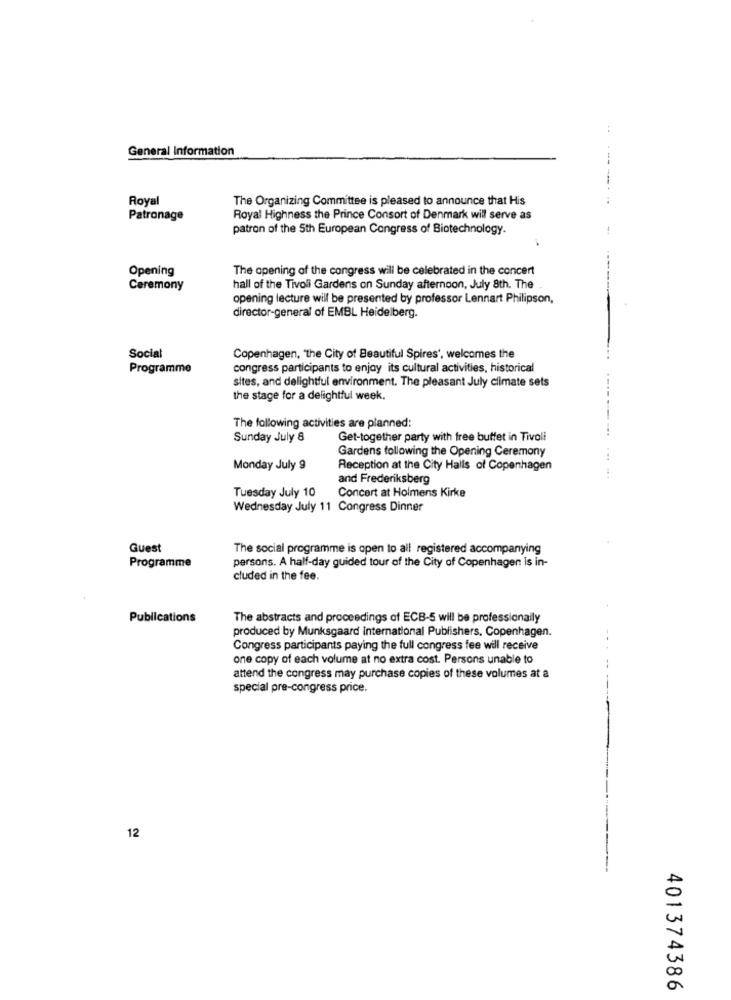
General Information
Royal
The Organizing Committee is pleased to announce that His
Patronage
Royal Highness the Prince Consort of Denmark will serve as
patron of the 5th European Congress of Biotechnology.
Opening
The opening of the congress will be celebrated in the concert
Ceremony
hall of the Tivoli Gardens on Sunday afternoon, July 8th. The
opening lecture will be presented by professor Lennart Philipson,
director-general of EMBL Heidelberg.
Social
Copenhagen, "the City of Beautiful Spires', welcomes the
Programme
congress participants to enjoy its cultural activities, historical
sites, and delightful environment. The pleasant July climate sets
the stage for a delightful week.
The following activities are planned:
Sunday July 8
Get-together party with free buffet in Tivoli
Gardens following the Opening Ceremony
Monday July 9
Reception at the City Halls of Copenhagen
and Frederiksberg
Tuesday July 10
Concert at Holmens Kirke
Wednesday July 11 Congress Dinner
Guest
The social programme is open to all registered accompanying
persons. A half-day guided tour of the City of Copenhagen is in-
Programme
cluded in the fee.
Publications
The abstracts and proceedings of ECB-5 will be professionally
produced by Munksgaard international Publishers, Copenhagen.
Congress participants paying the full congress fee will receive
one copy of each volume at no extra cost. Persons unable to
attend the congress may purchase copies of these volumes at a
special pre-congress price.
12
401374386